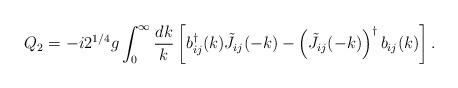
LaTeX: \begin{align*}Q_2 =-i 2^{1/4}g\int_0^{\infty} {dk \over k}\left[b_{ij}^{\dagger}(k) \tilde J_{ij}(-k)-\left(\tilde J_{ij}(-k)\right)^{\dagger}b_{ij}(k)\right] .\end{align*}